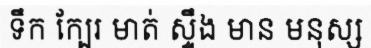
ទឹក ក្បែរ មាត់ ស្ទឹង មាន មនុស្ស